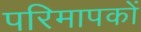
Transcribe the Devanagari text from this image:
परिमापकों